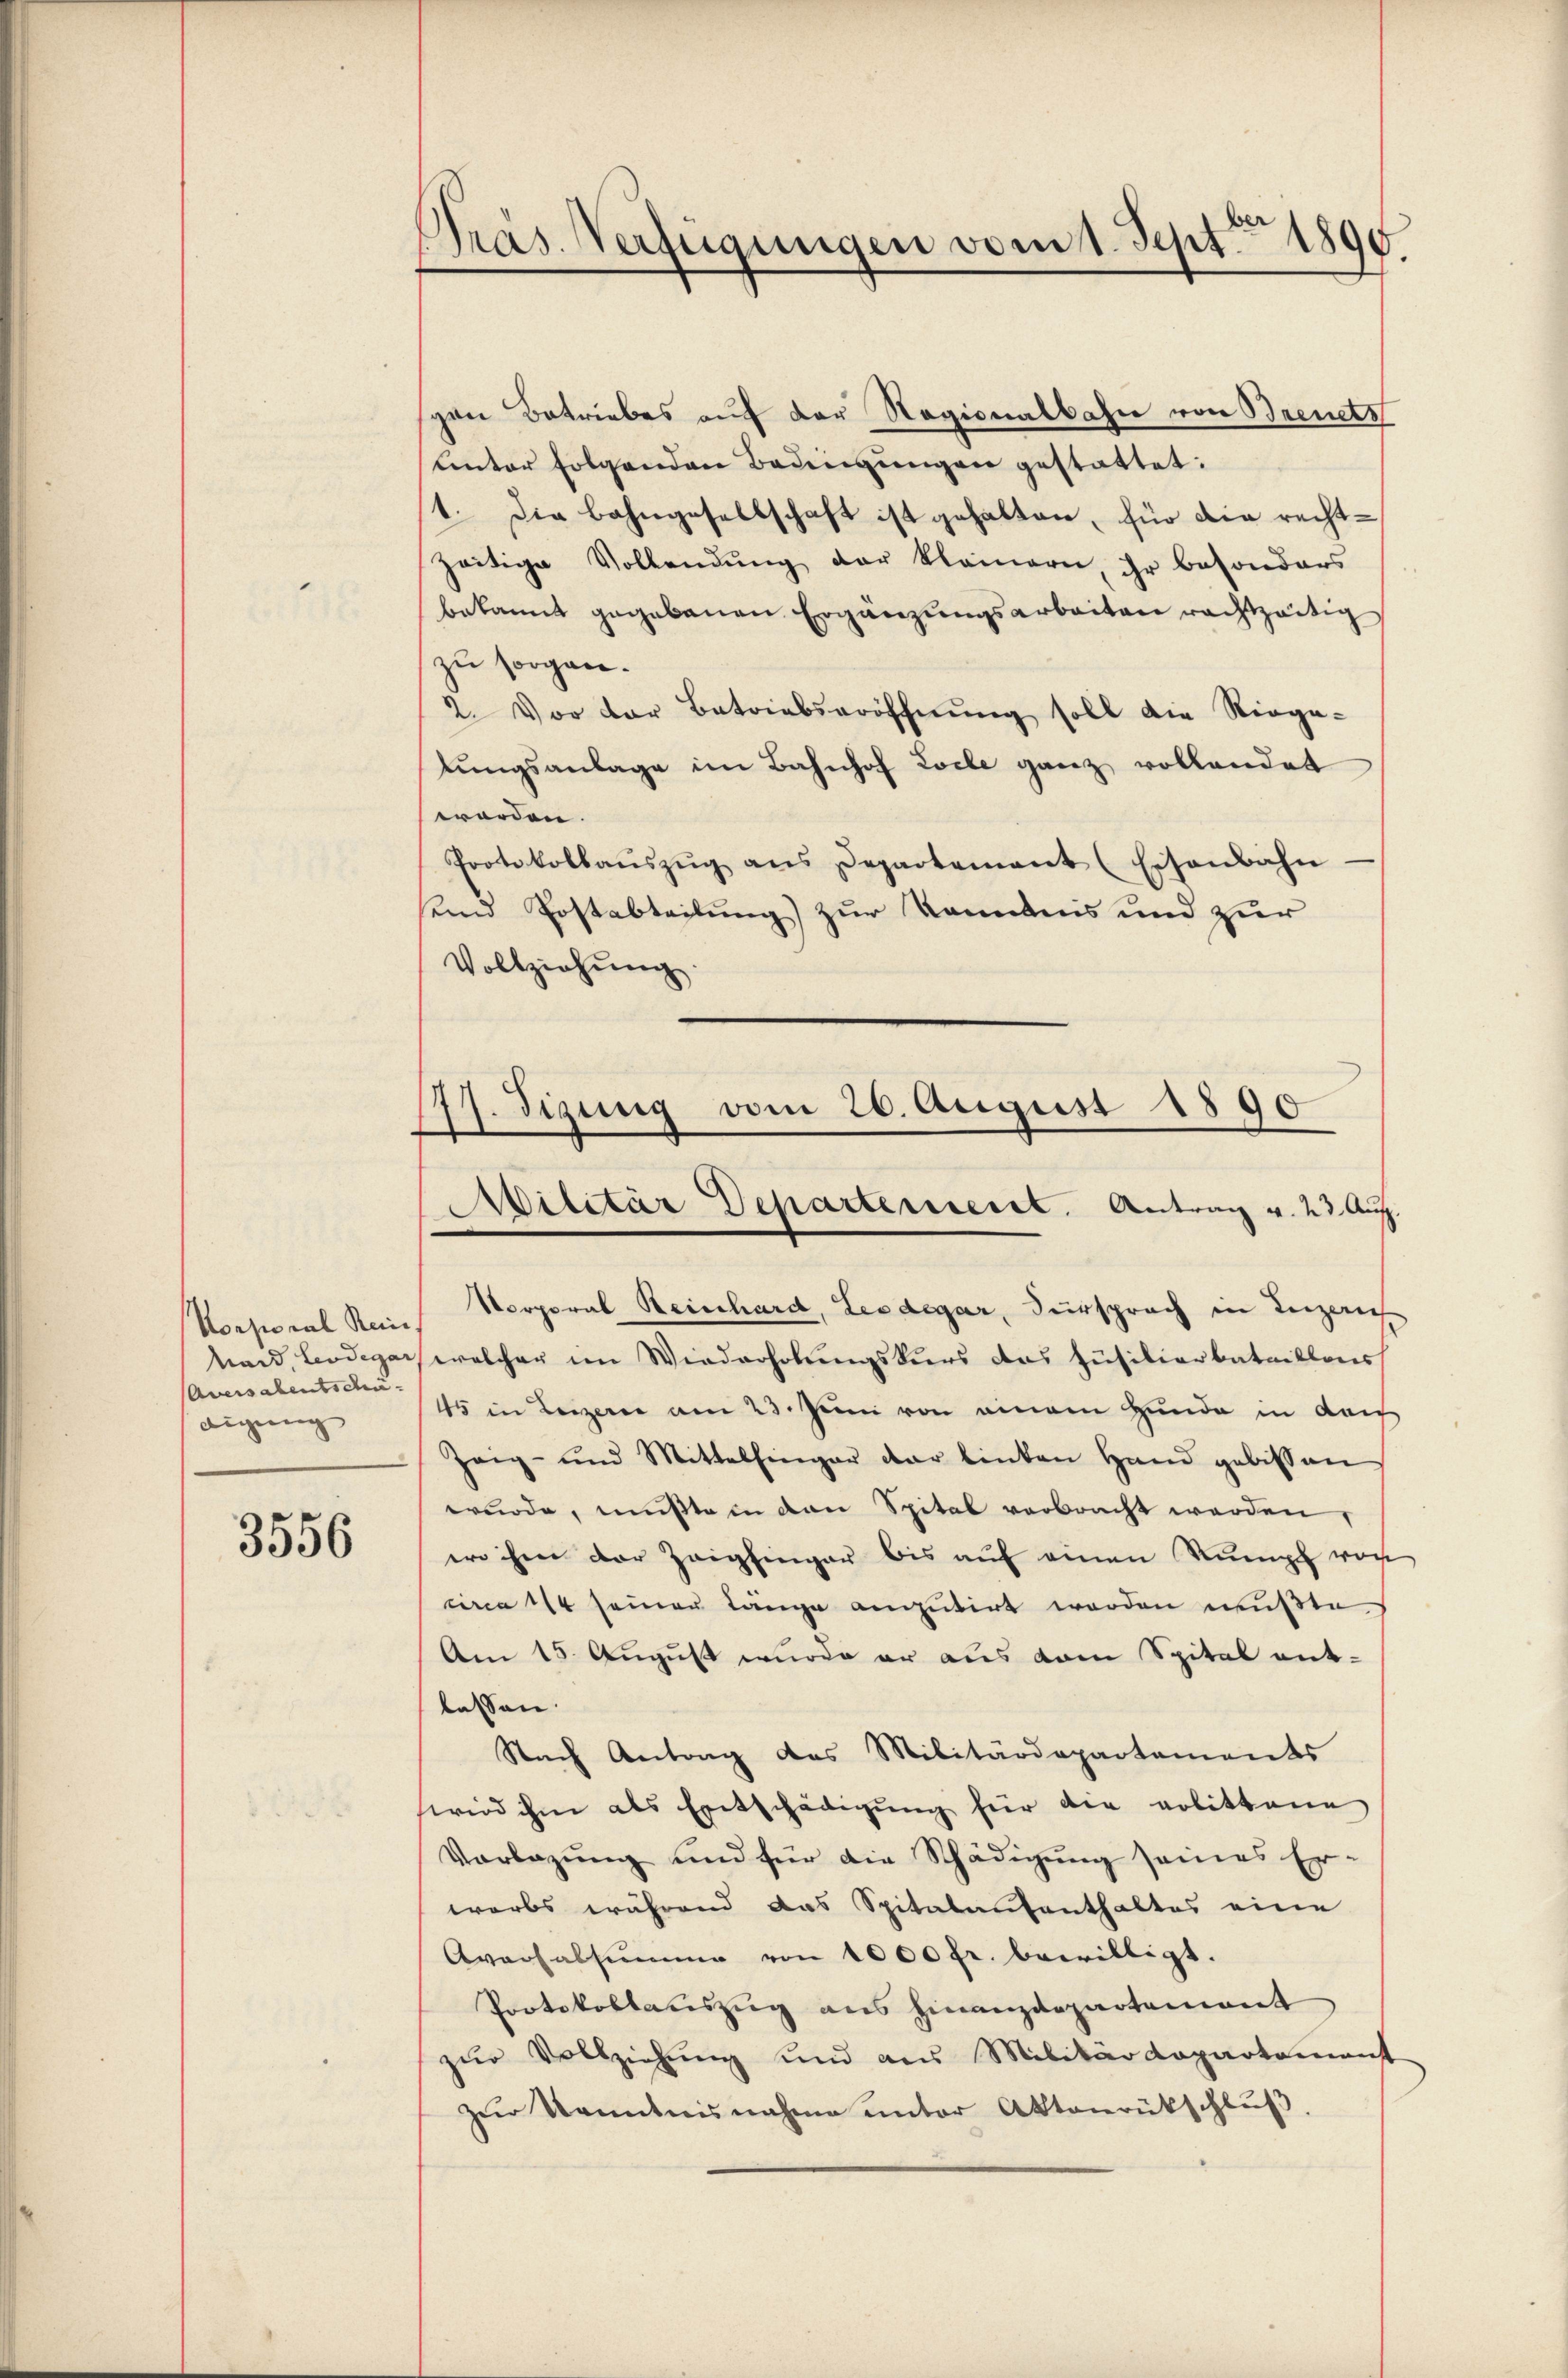
Korporal Rein
Maid, Leodegar,
Aversalentschä
digung

3556

Pras. Verfügungen vom 1. Sept. 1890.

gen Betriebes auf der Ragionalbahn von Brinets
Unter folgenden Bedingungen gestattet:
1. Die Bahngesellschaft ist gehalten, für die rechtzeitige Vollendŭng der kleinern, ihr besonders
bekannt gegebenen Ergänzungsarbeiten rachtzeitig
zu sorgen.
2. Vor der Betriebseröffnŭng soll die Riega-
lŭngsanlage im Bahnhof Loche ganz vollendet
worden.
Protokollaŭszŭg ans Departement (Eisenbahn-
unnd Postabteilung) zur Kenntnis und zur
Vollziehŭng.

77. dizung vom 26. August 1890

Militär Departement. Antrag v. 23. Aug.

Vorporal Reinhard, Leodegar, Fürsprach in Luzern
welcher im Wiederholungskurs das Füsilierbataillons
45 in Leizerne am 23. Juni von einem Hunde in Laich
Zeig- und Mittelfinger der linken Hand gebissen
wurde, mußte in den Spital verbracht werden,
wo ihme der Zeighinger bis aŭf einen Kumpf von
circa 114 seinen Länge anmutirt werden mußte
Am 15. August wurde er aus vom Spital ent-
lassen.
Nach Antrag das Militärdepartements
wird ihm als Entschädigŭng für die polittene
Vorlegung und für die Schädigung seines Er-
warbs während das Spitalaufenthaltes eine
Aversalsumme von 1000 fr. bewilligt.
Protokollasiszug aus Finanzdepartement
zŭr Vollziehŭng und aus Militärdepartement
zur Kenntnisnahme unter Aktenrütschlŭβ